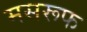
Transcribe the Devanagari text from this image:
मसरूफ